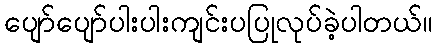
ပျော်ပျော်ပါးပါးကျင်းပပြုလုပ်ခဲ့ပါတယ်။